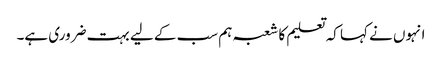
انہوں نے کہا کہ تعلیم کا شعبہ ہم سب کے لیے بہت ضروری ہے۔